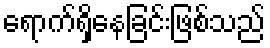
ရောက်ရှိနေခြင်းဖြစ်သည်